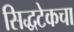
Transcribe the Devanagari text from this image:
सिद्धटेकचा